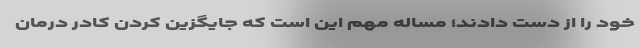
خود را از دست دادند؛ مساله مهم این است که جایگزین کردن کادر درمان